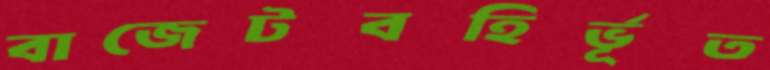
বাজেটবহির্ভূত